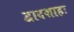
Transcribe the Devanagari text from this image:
द्वादशाहः